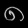
Digit: ၈